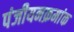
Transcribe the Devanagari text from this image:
पंजीयनक्रमांक